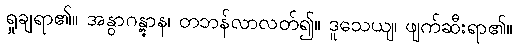
ရှုချရာ၏။ အနွာဂန္တွာန၊ တဘန်လာလတ်၍။ ဒူသေယျ၊ ဖျက်ဆီးရာ၏။